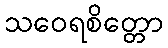
သဝေရစိတ္တော